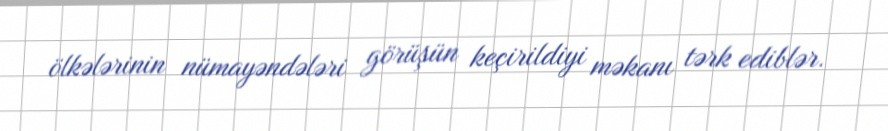
ölkələrinin nümayəndələri görüşün keçirildiyi məkanı tərk ediblər.